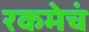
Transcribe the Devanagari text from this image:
रकमेचं